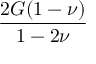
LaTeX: \frac { 2 G ( 1 - \nu ) } { 1 - 2 \nu }